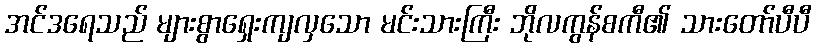
အင်ဒရေသည် များစွာရှေးကျလှသော မင်းသားကြီး ဘိုလကွန်စကီ၏ သားတော်ပီပီ